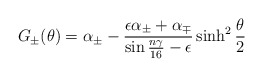
\begin{align*}G_{\pm}(\theta)=\alpha_{\pm}-\frac{\epsilon\alpha_{\pm}+\alpha_{\mp}}{\sin{n\gamma\over{16}}-\epsilon}\sinh^2\frac{\theta}{2}\end{align*}